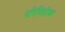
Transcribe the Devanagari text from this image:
परिमितीवर